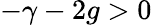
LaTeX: -\gamma-2g>0